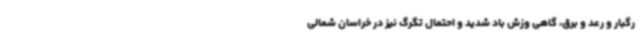
رگبار و رعد و برق، گاهی وزش باد شدید و احتمال تگرگ نیز در خراسان شمالی